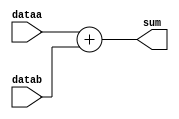
module adder (
  input [15:0] dataa,
  input [15:0] datab,
  output [15:0] sum
);

  assign sum = dataa + datab;

endmodule